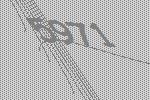
5971